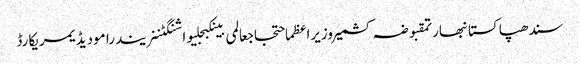
سندھپاکستانبھارتمقبوضہ کشمیروزیراعظماحتجاجعالمی بینکبجلیواشنگٹننریندرا مودیڈیمریکارڈ